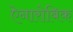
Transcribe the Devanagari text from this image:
ऐनारोबिक